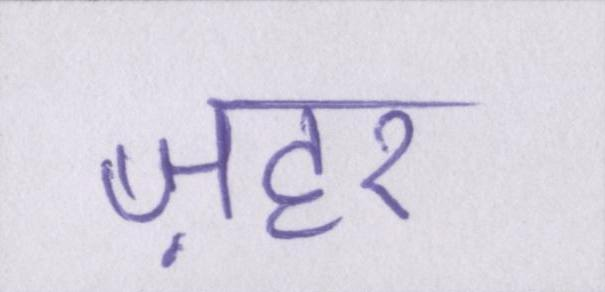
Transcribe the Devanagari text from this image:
ज़हर